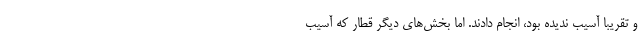
و تقریباً آسیب ندیده بود، انجام دادند. اما بخش‌های دیگر قطار که آسیب